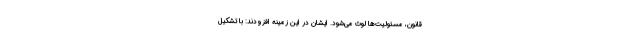
قانون، مسئولیت‌ها لوث می‌شود. ایشان در این زمینه افزودند: با تشکیل